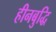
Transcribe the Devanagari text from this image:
हीनबुद्धि